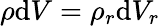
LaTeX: \rho\mathrm{d}V=\rho_{r}\mathrm{d}V_{r}